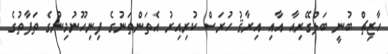
ހާޒިޗް ބުނީ ބަލްގޭރިއާ އާއި އިރާޤު ހުރަސް ކުރިއިރު އެތަންތަނުގެ ފިނިހޫނުމިނުގެ ތަފާތުގެ